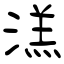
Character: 溔